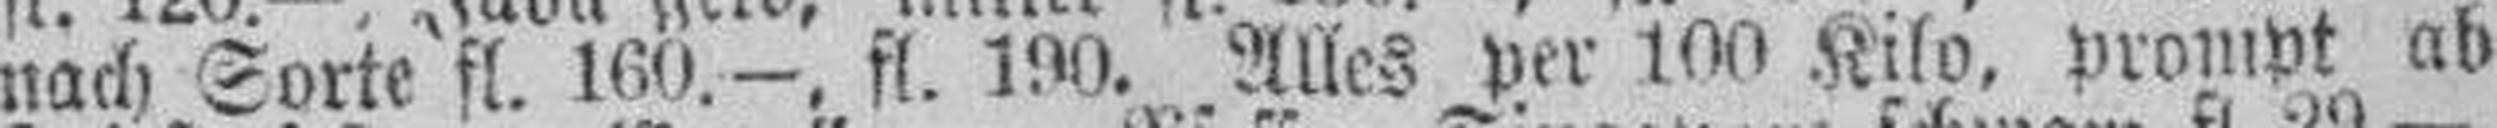
nach Sorte fl. 160.—. fl. 190. Alles per 100 Kilo, prompt ab